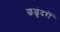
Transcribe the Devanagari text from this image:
छछुंदरों